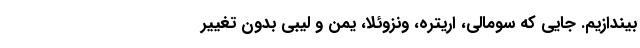
بیندازیم. جایی که سومالی، اریتره، ونزوئلا، یمن و لیبی بدون تغییر